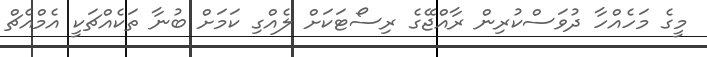
މީގެ މަހެއްހާ ދުވަސްކުރިން ރާއްޖޭގެ ރިސޯޓަކަށް ލެއްގި ކަމަށް ބުނާ ތަކެއްޗަކީ އެމްއެޗް